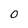
Character: 0